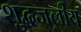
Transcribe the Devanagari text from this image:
शुद्धजलीय